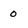
Character: 0